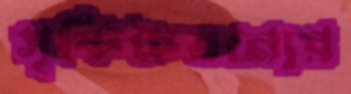
সৃষ্টিচৈতন্যের